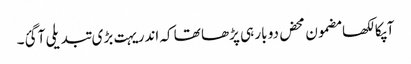
آپکا لکھا مضمون محض دو بار ہی پڑھا تھا کہ اندر یہت بڑی تبدیلی آ گئ۔